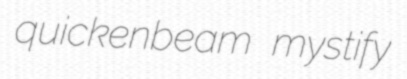
quickenbeam mystify